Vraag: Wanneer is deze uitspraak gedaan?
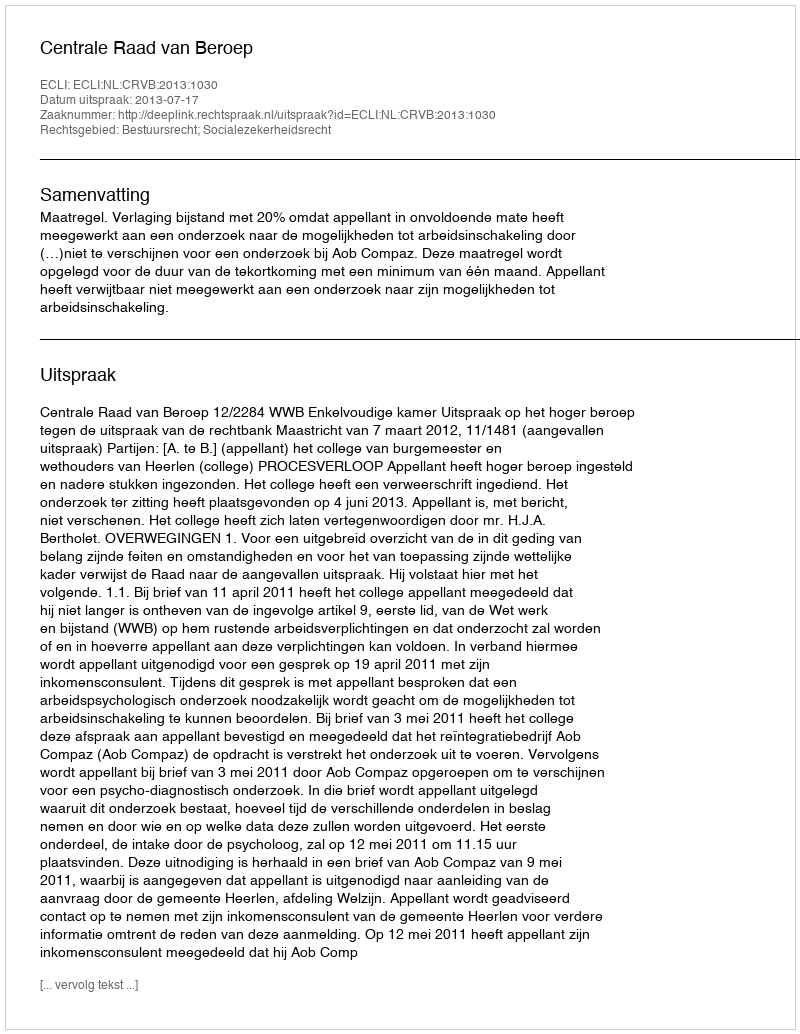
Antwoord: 2013-07-17